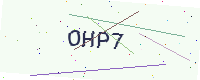
Text: OHP7